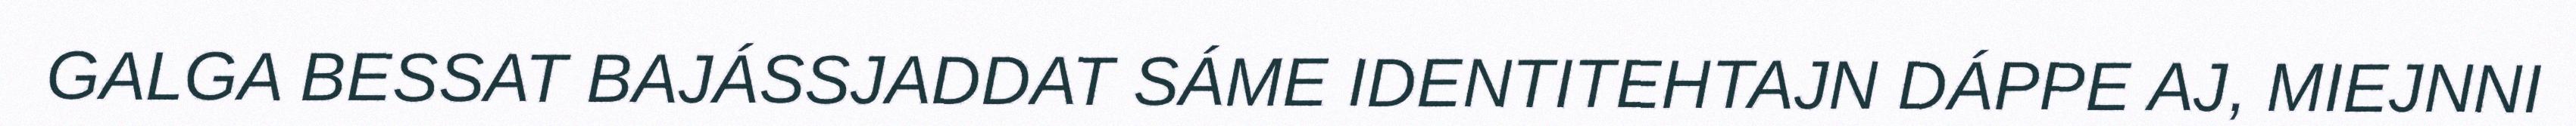
GALGA BESSAT BAJÁSSJADDAT SÁME IDENTITEHTAJN DÁPPE AJ, MIEJNNI